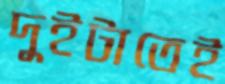
দুইটাতেই